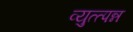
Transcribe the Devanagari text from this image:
व्युत्त्पन्न